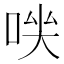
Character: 𠴃